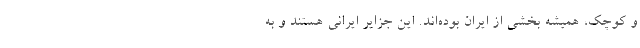
و کوچک، همیشه بخشی از ایران بوده‌اند. این جزایر ایرانی هستند و به